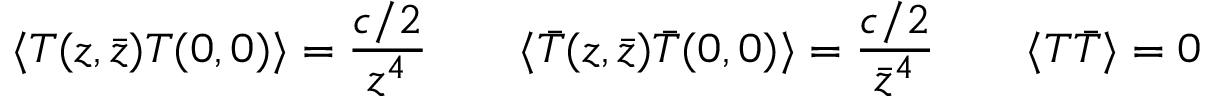
\langle T ( z , \bar { z } ) T ( 0 , 0 ) \rangle = \frac { c / 2 } { z ^ { 4 } } \qquad \langle \bar { T } ( z , \bar { z } ) \bar { T } ( 0 , 0 ) \rangle = \frac { c / 2 } { \bar { z } ^ { 4 } } \qquad \langle T \bar { T } \rangle = 0